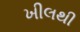
ખીલથી